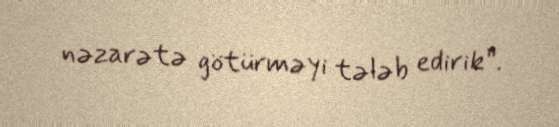
nəzarətə götürməyi tələb edirik”.